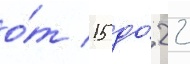
о́т 15 до́ 22